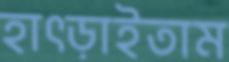
হাৎড়াইতাম